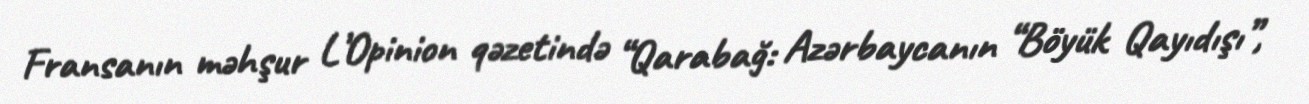
Fransanın məhşur L’Opinion qəzetində “Qarabağ: Azərbaycanın “Böyük Qayıdışı”,